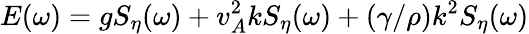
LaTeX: E(\omega)=gS_{\eta}(\omega)+v_{A}^{2}kS_{\eta}(\omega)+(\gamma/\rho)k^{2}S_{\eta}(\omega)